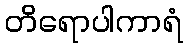
တိရောပါကာရံ